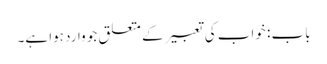
باب : خواب کی تعبیر کے متعلق جو وارد ہوا ہے۔